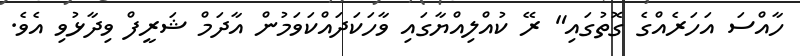
ހާއްސަ އަހަރެއްގެ ގޮތުގައި" ރޭ ކުއްލިއްޔާގައި ވާހަކަދައްކަވަމުން އާދަމް ޝަރީފް ވިދާޅުވި އެވެ.